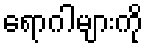
ရောဂါများကို